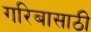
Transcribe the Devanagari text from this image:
गरिबासाठी